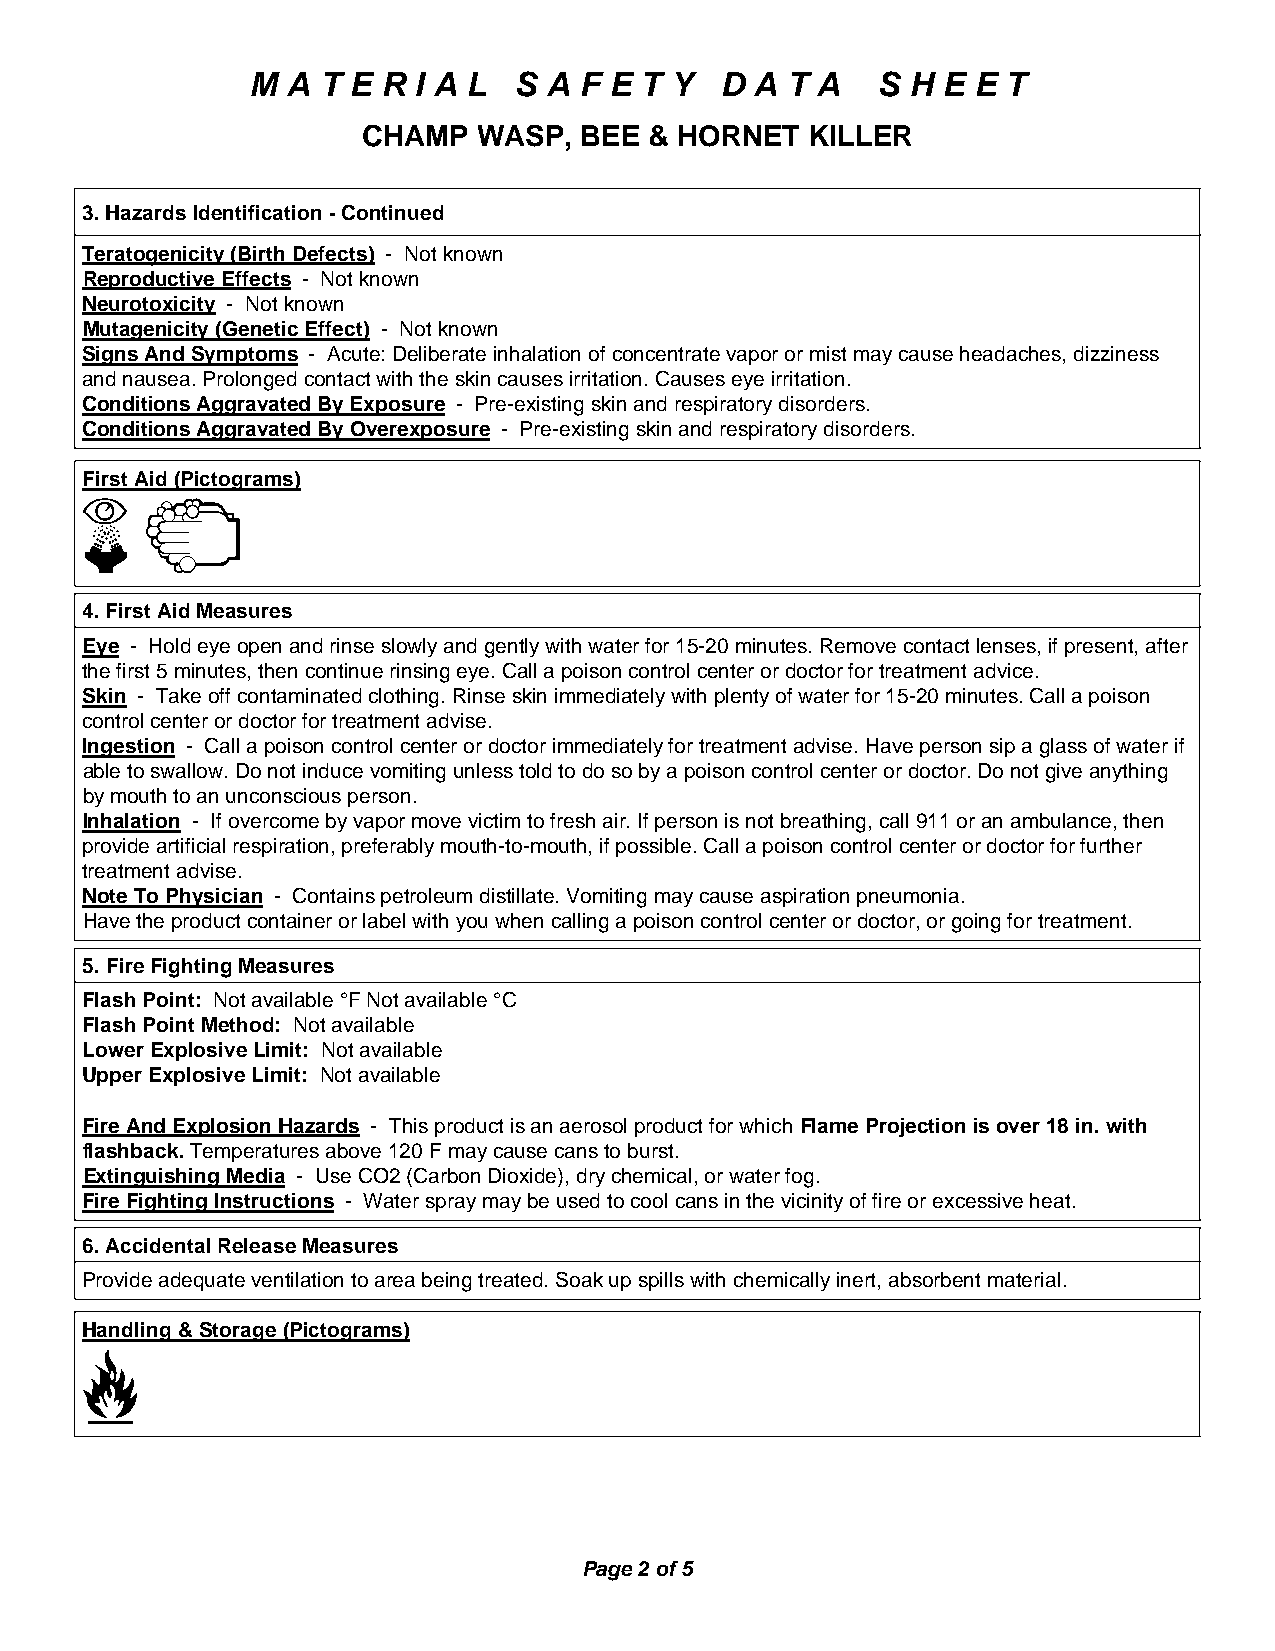
M A T E R I A L  S A F E T Y   D A T A   S H E E  T
 CHAMP   WASP, BEE  & HORNET   KILLER
 3. Hazards Identification - Continued
 Teratogenicity (Birth Defects) - Not known
 Reproductive Effects - Not known
 Neurotoxicity - Not known
 Mutagenicity (Genetic Effect) - Not known
 Signs And Symptoms - Acute: Deliberate inhalation of concentrate vapor or mist may cause headaches, dizziness
 and nausea. Prolonged contact with the skin causes irritation. Causes eye irritation.
 Conditions Aggravated By Exposure - Pre-existing skin and respiratory disorders.
 Conditions Aggravated By Overexposure - Pre-existing skin and respiratory disorders.
 First Aid (Pictograms)
 4. First Aid Measures
 Eye - Hold eye open and rinse slowly and gently with water for 15-20 minutes. Remove contact lenses, if present, after
 the first 5 minutes, then continue rinsing eye. Call a poison control center or doctor for treatment advice.
 Skin - Take off contaminated clothing. Rinse skin immediately with plenty of water for 15-20 minutes. Call a poison
 control center or doctor for treatment advise.
 Ingestion - Call a poison control center or doctor immediately for treatment advise. Have person sip a glass of water if
 able to swallow. Do not induce vomiting unless told to do so by a poison control center or doctor. Do not give anything
 by mouth to an unconscious person.
 Inhalation - If overcome by vapor move victim to fresh air. If person is not breathing, call 911 or an ambulance, then
 provide artificial respiration, preferably mouth-to-mouth, if possible. Call a poison control center or doctor for further
 treatment advise.
 Note To Physician - Contains petroleum distillate. Vomiting may cause aspiration pneumonia.
 Have the product container or label with you when calling a poison control center or doctor, or going for treatment.
 5. Fire Fighting Measures
 Flash Point: Not available °F Not available °C
 Flash Point Method: Not available
 Lower Explosive Limit: Not available
 Upper Explosive Limit: Not available
 Fire And Explosion Hazards - This product is an aerosol product for which Flame Projection is over 18 in. with
 flashback. Temperatures above 120 F may cause cans to burst.
 Extinguishing Media - Use CO2 (Carbon Dioxide), dry chemical, or water fog.
 Fire Fighting Instructions - Water spray may be used to cool cans in the vicinity of fire or excessive heat.
 6. Accidental Release Measures
 Provide adequate ventilation to area being treated. Soak up spills with chemically inert, absorbent material.
 Handling & Storage (Pictograms)
 Page 2 of 5